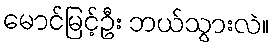
မောင်မြင့်ဦး ဘယ်သွားလဲ။